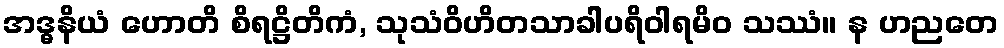
အဒ္ဓနိယံ ဟောတိ စိရဋ္ဌိတိကံ, သုသံဝိဟိတသာခါပရိဝါရမိဝ သဿံ။ န ဟညတေ